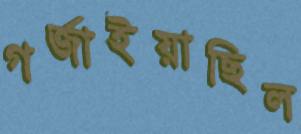
গর্জাইয়াছিল